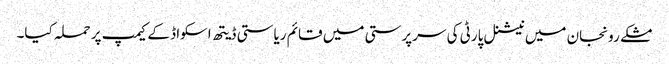
مشکے رونجان میں نیشنل پارٹی کی سرپرستی میں قائم ریاستی ڈیتھ اسکواڈ کے کیمپ پر حملہ کیا۔